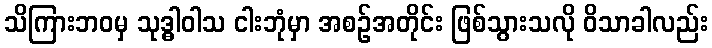
သိကြားဘဝမှ သုဒ္ဓါဝါသ ငါးဘုံမှာ အစဉ်အတိုင်း ဖြစ်သွားသလို ဝိသာခါလည်း